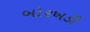
બોરખડી